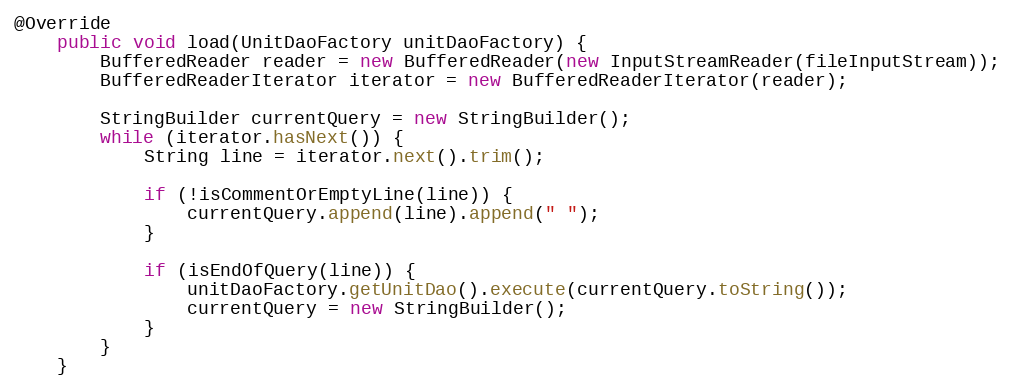
Language: Java
@Override
	public void load(UnitDaoFactory unitDaoFactory) {
		BufferedReader reader = new BufferedReader(new InputStreamReader(fileInputStream));
		BufferedReaderIterator iterator = new BufferedReaderIterator(reader);

		StringBuilder currentQuery = new StringBuilder();
		while (iterator.hasNext()) {
			String line = iterator.next().trim();

			if (!isCommentOrEmptyLine(line)) {
				currentQuery.append(line).append(" ");
			}

			if (isEndOfQuery(line)) {
				unitDaoFactory.getUnitDao().execute(currentQuery.toString());
				currentQuery = new StringBuilder();
			}
		}
	}